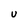
Character: U